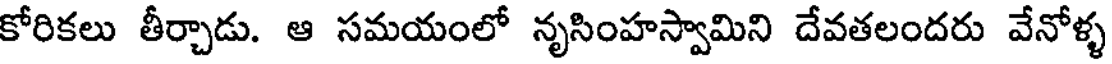
కోరికలు తీర్చాడు. ఆ సమయంలో నృసింహస్వామిని దేవతలందరు వేనోళ్ళ